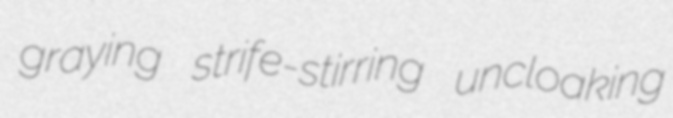
graying strife-stirring uncloaking